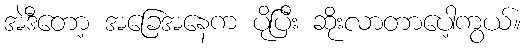
အဲဒီတော့ အခြေအနေက ပိုပြီး ဆိုးလာတာပေါ့ကွယ်။